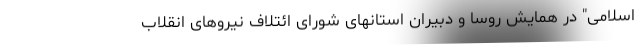
اسلامی" در همایش روسا و دبیران استانهای شورای ائتلاف نیروهای انقلاب